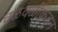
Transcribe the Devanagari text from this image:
चळवळींकडून